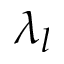
\lambda _ { l }